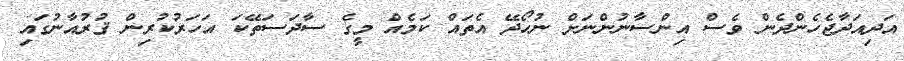
އަދިއަދާޖެހެންދެން ވެސް އިންސާނުންނަށް ނުހޯދޭ އެތައް ކަމެއް މީގެ ސާދަސަތޭކަ އަހަރުކުރިން ޤުރުއާނުގައި